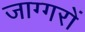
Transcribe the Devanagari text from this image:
जाग्गरों